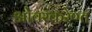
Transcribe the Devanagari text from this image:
ओवरकरेण्त